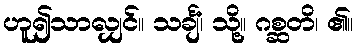
ဟူ၍သာလျှင်။ သင်္ချံ၊ သို့။ ဂစ္ဆတိ၊ ၏။